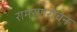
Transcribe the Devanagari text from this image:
रामरणरोचन